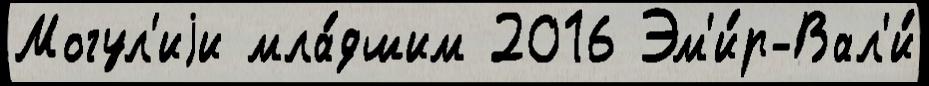
Могул'иjи мла́дшим 2016 Эм'и́р-Вал'и́